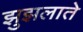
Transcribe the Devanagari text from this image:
झुझलाते